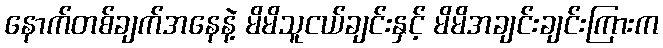
နောက်တစ်ချက်အနေနဲ့ မိမိသူငယ်ချင်းနှင့် မိမိအချင်းချင်းကြားက